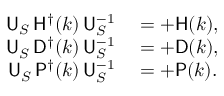
\begin{array} { r l } { { \sf U } _ { S } \, { \sf H } ^ { \dagger } ( k ) \, { \sf U } _ { S } ^ { - 1 } } & { { } = + { \sf H } ( k ) , } \\ { { \sf U } _ { S } \, { \sf D } ^ { \dagger } ( k ) \, { \sf U } _ { S } ^ { - 1 } } & { { } = + { \sf D } ( k ) , } \\ { { \sf U } _ { S } \, { \sf P } ^ { \dagger } ( k ) \, { \sf U } _ { S } ^ { - 1 } } & { { } = + { \sf P } ( k ) . } \end{array}